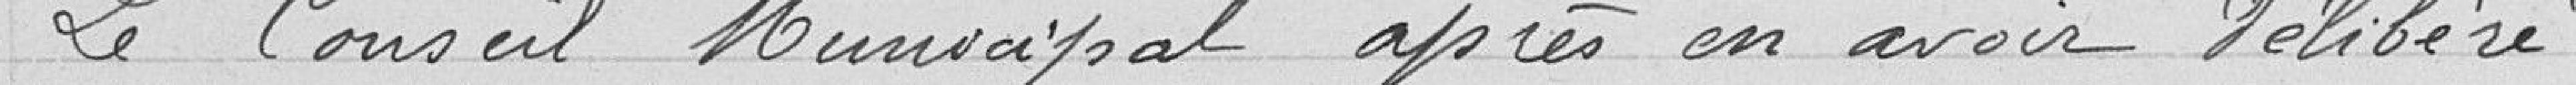
Le Conseil Municipal après en avoir délibéré,